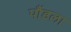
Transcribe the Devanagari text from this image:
पौंडला